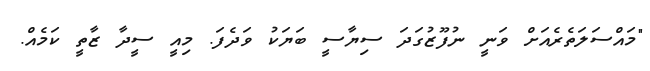
"މައްސަލަތެރެއަށް ވަނީ ނުފޫޒުގަދަ ސިޔާސީ ބަޔަކު ވަދެފަ. މިއީ ސީދާ ޒާތީ ކަމެއް.